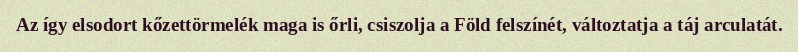
Az így elsodort kőzettörmelék maga is őrli, csiszolja a Föld felszínét, változtatja a táj arculatát.